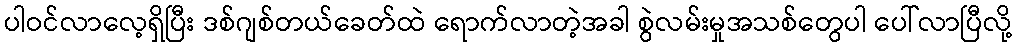
ပါဝင်လာလေ့ရှိပြီး ဒစ်ဂျစ်တယ်ခေတ်ထဲ ရောက်လာတဲ့အခါ စွဲလမ်းမှုအသစ်တွေပါ ပေါ်လာပြီလို့